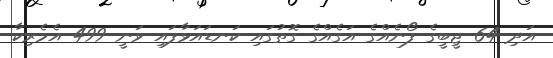
އަދި 64 ޖީބީގެ ފޯނެއްގެ އަގެއްގެ ގޮތުގައި ކަނޑައަޅާފައި ވަނީ 499 އެމެރިކާ